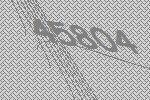
45804